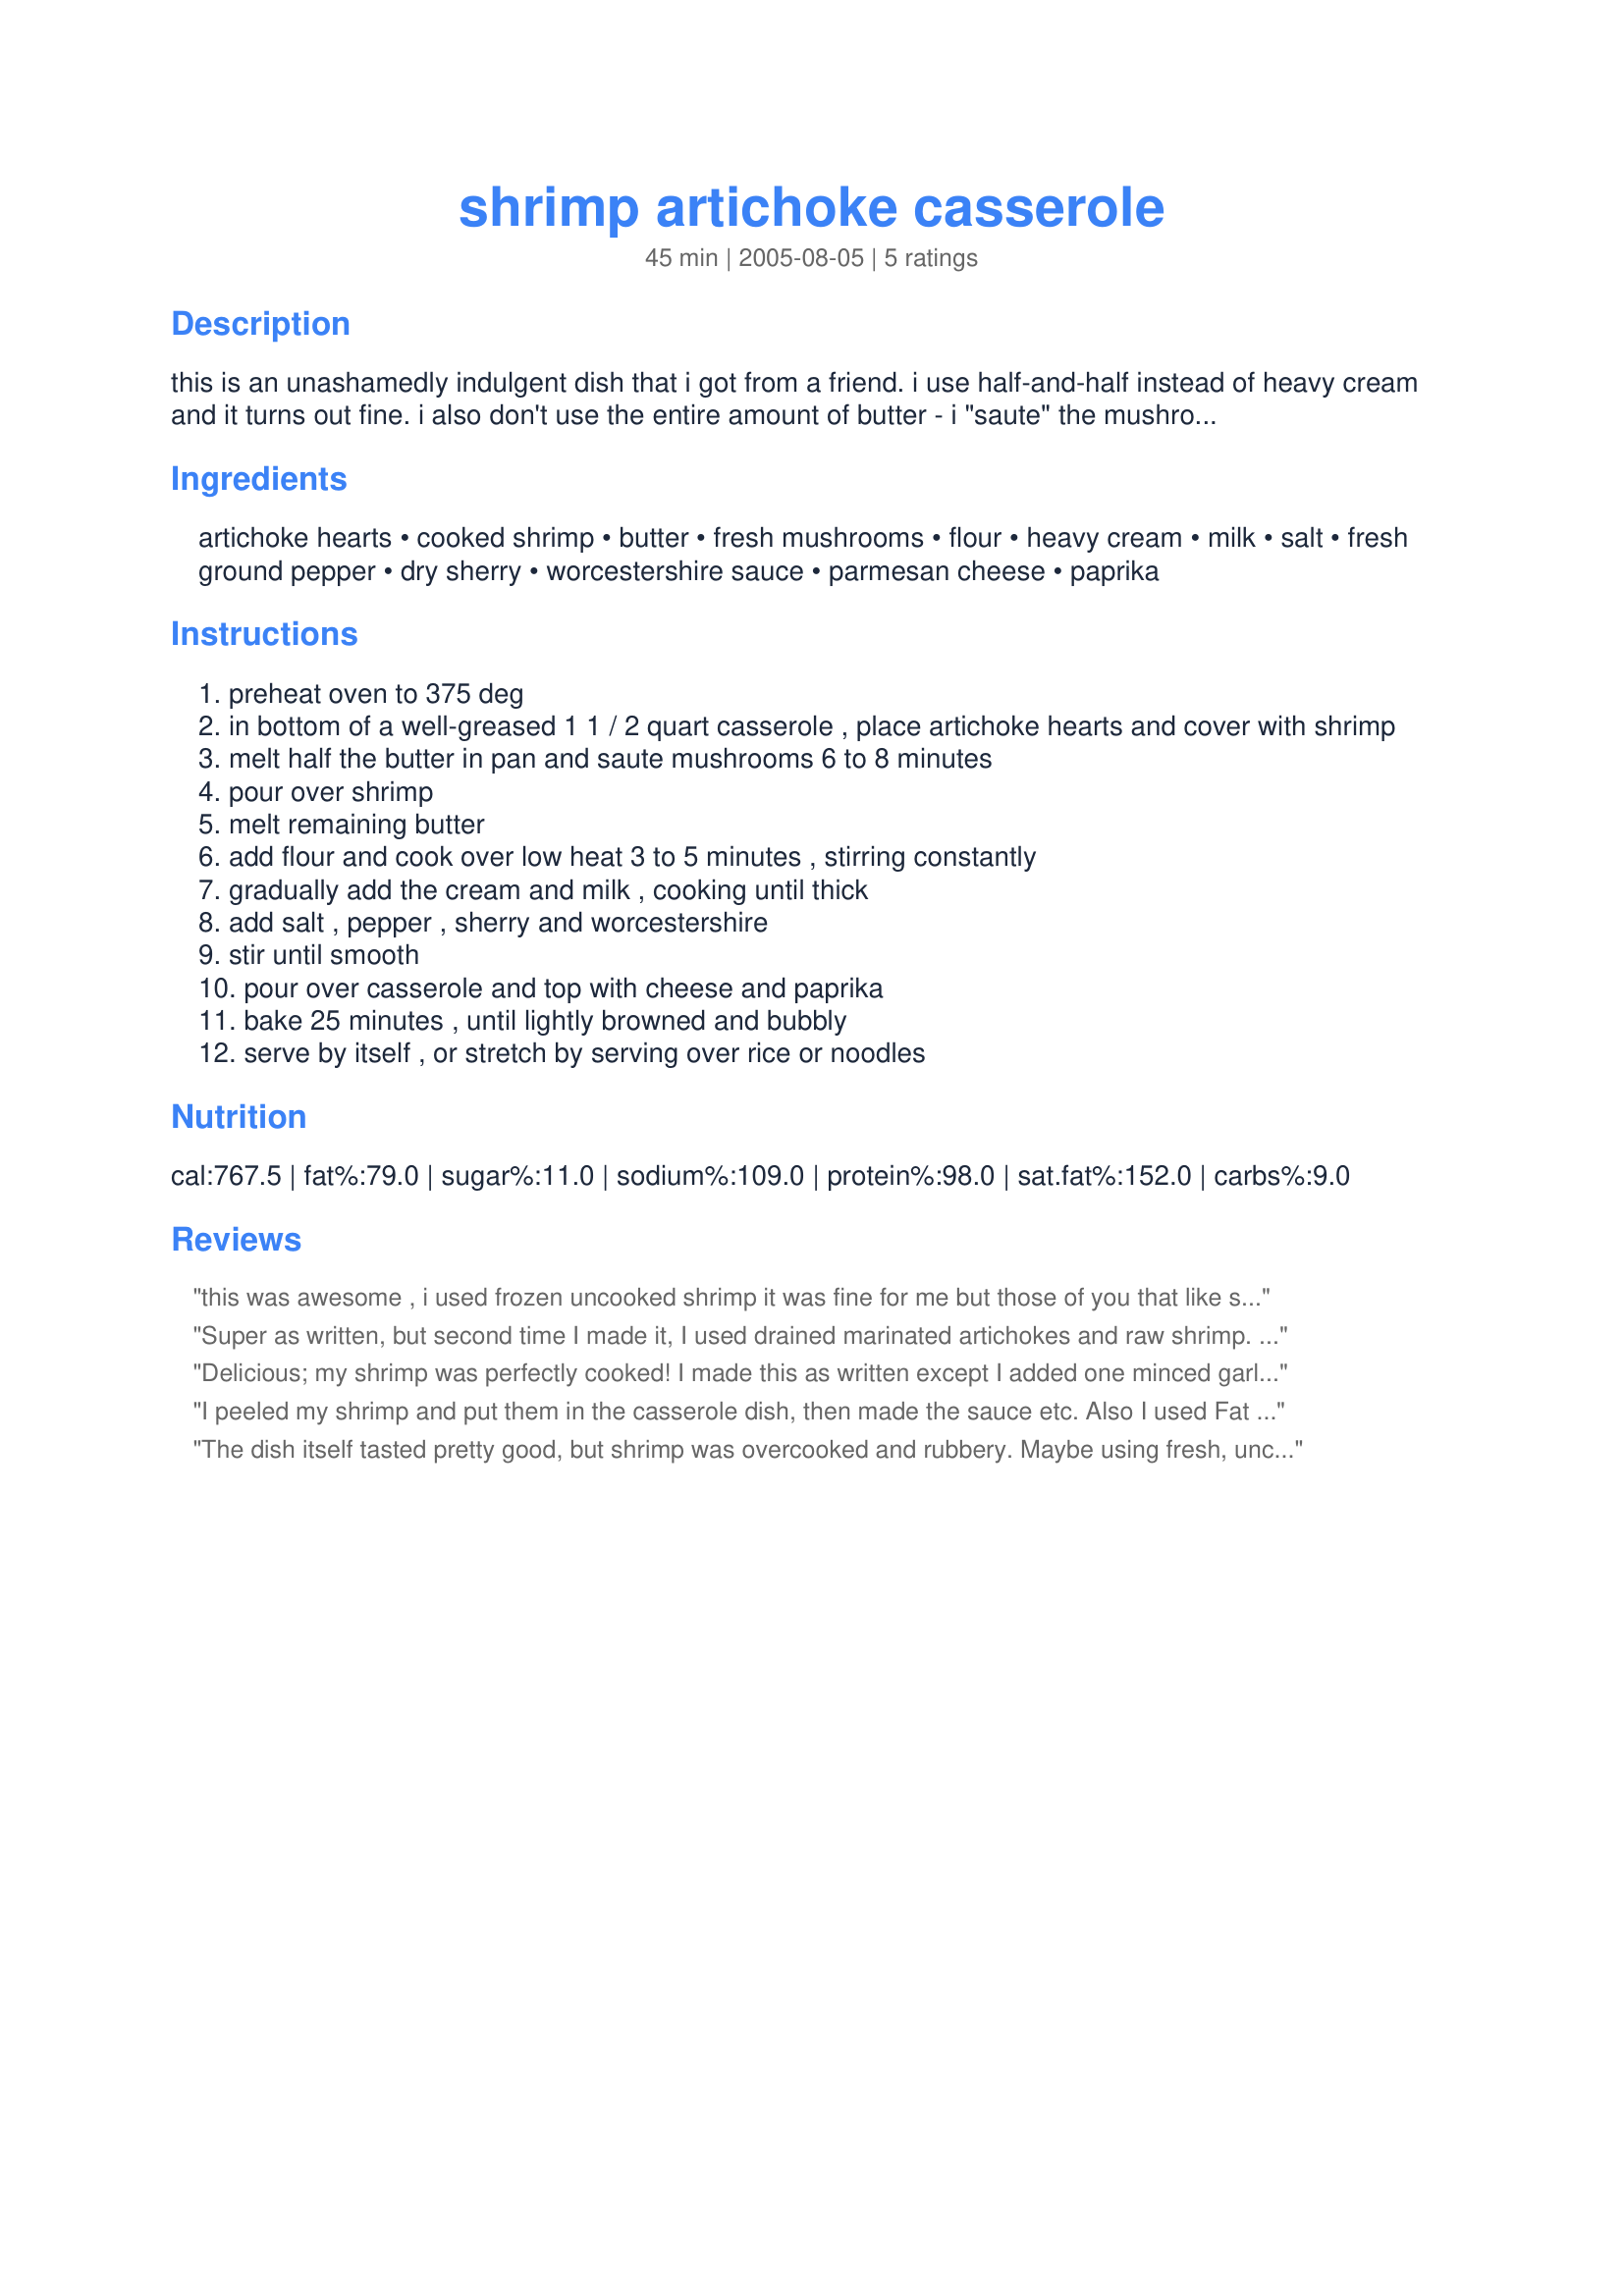
shrimp artichoke casserole
Preparation time: 45 minutes

this is an unashamedly indulgent dish that i got from a friend. i use half-and-half instead of heavy cream and it turns out fine. i also don't use the entire amount of butter - i "saute" the mushrooms in a bit of broth with just a tablespoon of butter. but for those of you who live dangerously, i am submitting as in the original.update: i am checking against the original to see if i made an error in posting - will update.

Ingredients:
artichoke hearts, cooked shrimp, butter, fresh mushrooms, flour, heavy cream, milk, salt, fresh ground pepper, dry sherry, worcestershire sauce, parmesan cheese, paprika

Steps:
preheat oven to 375 deg
in bottom of a well-greased 1 1 / 2 quart casserole , place artichoke hearts and cover with shrimp
melt half the butter in pan and saute mushrooms 6 to 8 minutes
pour over shrimp
melt remaining butter
add flour and cook over low heat 3 to 5 minutes , stirring constantly
gradually add the cream and milk , cooking until thick
add salt , pepper , sherry and worcestershire
stir until smooth
pour over casserole and top with cheese and paprika
bake 25 minutes , until lightly browned and bubbly
serve by itself , or stretch by serving over rice or noodles

Reviews:
this was awesome , i used frozen uncooked shrimp it was fine for me but those of you that like shrimp barely cooked put them in the last 5 minutes of baking i didnt drain the artichokes just personal preference on my part used the 1/2 and 1/2 and served over spagetti ,this is very rich
Super as written, but second time I made it, I used drained marinated artichokes and raw shrimp. I cooked the shrimp shells in half n half to flavor it. Then I removed the shells and added the cleaned shrimp to the half n half to cook til pink. This gave a nice flavor to the finished dish. Will definitely make this again. Very easily adjusted to what you have on hand.
Delicious; my shrimp was perfectly cooked! I made this as written except I added one minced garlic clove, used half &amp; half, and used raw shrimp. Served over puffed pastry shells. Tagged for Rookie Recipe Tag Game (due September 8th).
I peeled my shrimp and put them in the casserole dish, then made the sauce etc. Also I used Fat Free Half and Half with no ill effects. I did cook the shrimp for the full 25 minutes and they came out perfect! We loved the mix of flavors in the sauce, and we both agreed it's a 5 star recipe all the way to the table! I served this with Jasmine rice and topped with a little of the sauce. So delicious! Thank you Duoynte, this IS a winner in my book! Made for 123 Hit Wonders Tag Game 4/09 Linda
The dish itself tasted pretty good, but shrimp was overcooked and rubbery. Maybe using fresh, uncooked shrimp in this recipe would be much better as well as the reducing cooking time. I would recommend broiling this dish instead.
